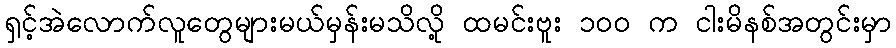
ရှင့်အဲလောက်လူတွေများမယ်မှန်းမသိလို့ ထမင်းဗူး ၁၀၀ က ငါးမိနစ်အတွင်းမှာ